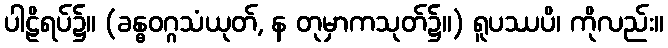
ပါဠိရပ်၌။ (ခန္ဓဝဂ္ဂသံယုတ်, န တုမှာကသုတ်၌။) ရူပဿပိ၊ ကိုလည်း။